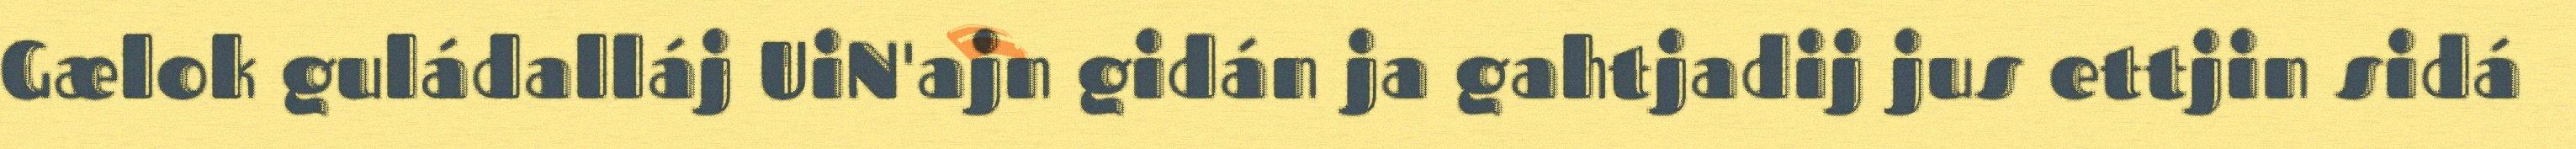
Gælok guládalláj UiN'ajn gidán ja gahtjadij jus ettjin sidá